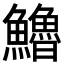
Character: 𩽈